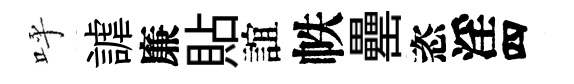
呼謔廉貼誼帙罍恣淫四